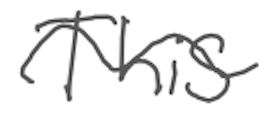
Text: This
Cross-out: wave
Writing tool: digital_gray